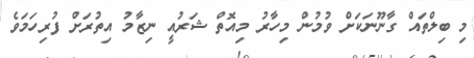
މި ބިލްތައް ގާނޫނަކަށް ވުމުން މިހާރު މިއޮތް ޝަރުއީ ނިޒާމު އިތުރަށް ފުރިހަމަވެ